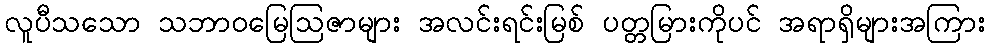
လူပီသသော သဘာဝမြေဩဇာများ အလင်းရင်းမြစ် ပတ္တမြားကိုပင် အရာရှိများအကြား